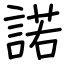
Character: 諾